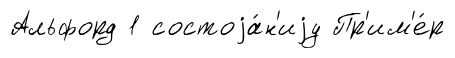
Альфорд 1 состоjа́н'иjу Пр'им'е́р